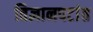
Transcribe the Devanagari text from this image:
विज्ञानपटांत